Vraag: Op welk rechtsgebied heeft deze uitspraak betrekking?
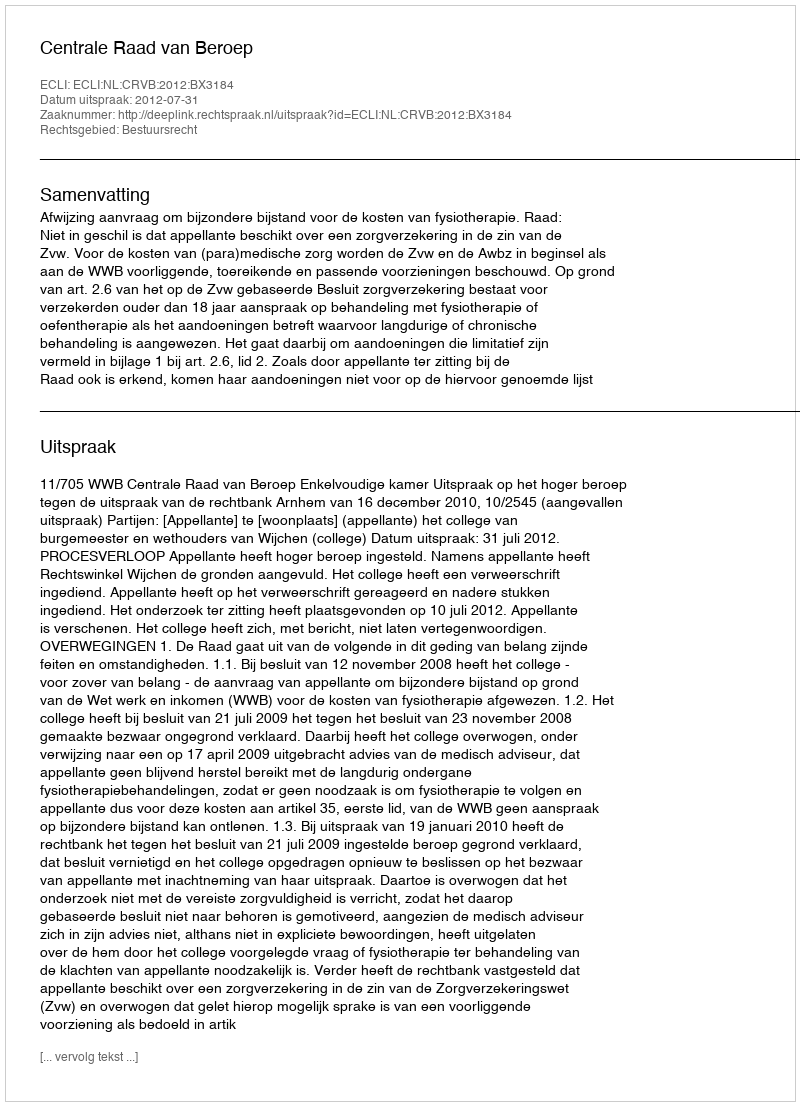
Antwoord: Bestuursrecht